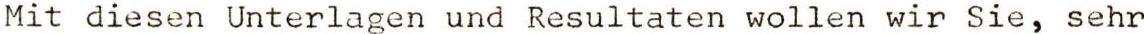
Mit diesen Unterlagen und Resultaten wollen wir Sie, sehr